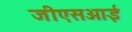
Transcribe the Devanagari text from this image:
जीएसआई